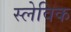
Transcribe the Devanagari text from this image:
स्लेविक